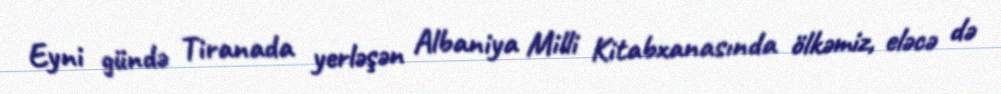
Eyni gündə Tiranada yerləşən Albaniya Milli Kitabxanasında ölkəmiz, eləcə də